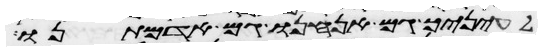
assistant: לעיניך גם אנחנו גם אדמתנו